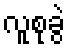
လူစုခွဲ